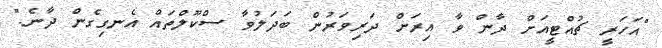
"އަހަރީ ޗުއްޓީއަށް ދާން ވާ އިރަށް ދަރިވަރުން ބަދަލުވާ ސްކޫލްތައް އެނގިގެން ދާނެ."